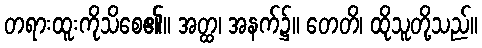
တရားထူးကိုသိစေ၏။ အတ္ထ၊ အနက်၌။ တေတိ၊ ထိုသူတို့သည်။